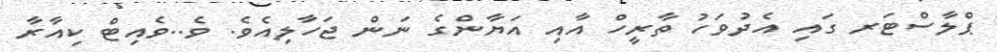
ޕްލާސްޓަރ ގައި އެދުވަހު ތާރީހް އާއި އަޔާންގެ ނަން ޖަހާލިއެވެ. ވެ..ވެއިޓް ކިއާރާ